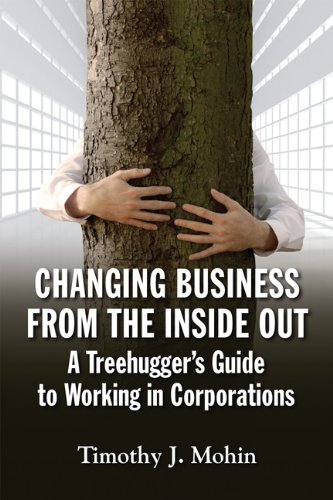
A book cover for Changing Business from the Inside Out: A Tree-Hugger's Guide to Working in Corporations; Timothy J. Mohin; Business & Money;